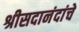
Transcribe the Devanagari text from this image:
श्रीसदानंदांचे